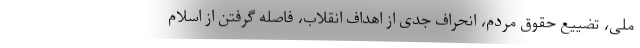
ملی، تضییع حقوق مردم، انحراف جدی از اهداف انقلاب، فاصله گرفتن از اسلام